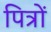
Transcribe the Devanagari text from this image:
पित्रों